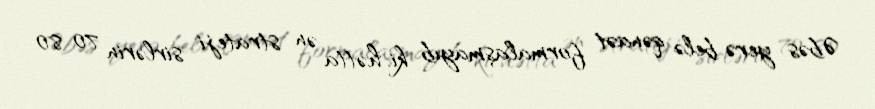
Əbəs yerə belə qənaət formalaşmayıb ki, hətta ən strateji sirlərin 70-80